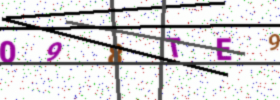
Text: 098TE9